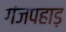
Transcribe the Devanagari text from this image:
गंजपहाड़